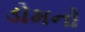
ડોમનો